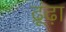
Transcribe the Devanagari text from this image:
ढ़ूंढ़ा